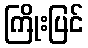
ကြိုးပြင်